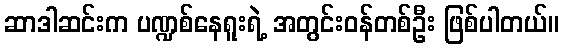
ဆာဒါဆင်းက ပဏ္ဍစ်နေရူးရဲ့ အတွင်းဝန်တစ်ဦး ဖြစ်ပါတယ်။